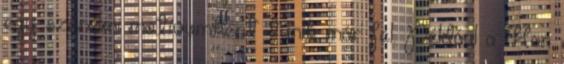
egy szerelmi motívumként tűnik már fel. Például a "Han